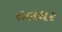
હલધર